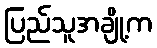
ပြည်သူအချို့က